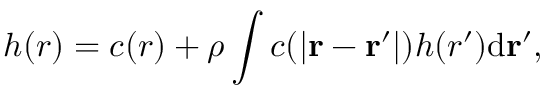
h ( r ) = c ( r ) + \rho \int c ( | \mathbf { r } - \mathbf { r ^ { \prime } } | ) h ( r ^ { \prime } ) \mathrm { d } \mathbf { r ^ { \prime } } ,